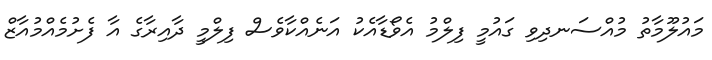
މައުލޫމާތު މުއްސަނދިވި ގައުމީ ފިލްމު އެވޯޑާއެކު އަނެއްކާވެސް ފިލްމީ ދާއިރާގެ އާ ފެށުމެއްމުއާޒް